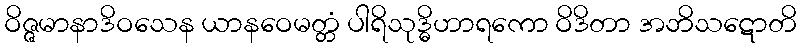
ဝိဇ္ဇမာနာဒိဝသေန ယာနဝေမတ္တံ ပါရိသုဒ္ဓိဟာရကော ဝိဒိတာ အဘိသဋောတိ